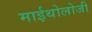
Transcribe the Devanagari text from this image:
माईथोलोजी